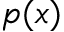
p ( x )